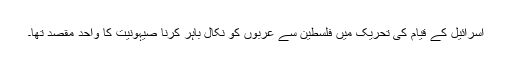
اسرائیل کے قیام کی تحریک میں فلسطین سے عربوں کو نکال باہر کرنا صیہونیت کا واحد مقصد تھا۔